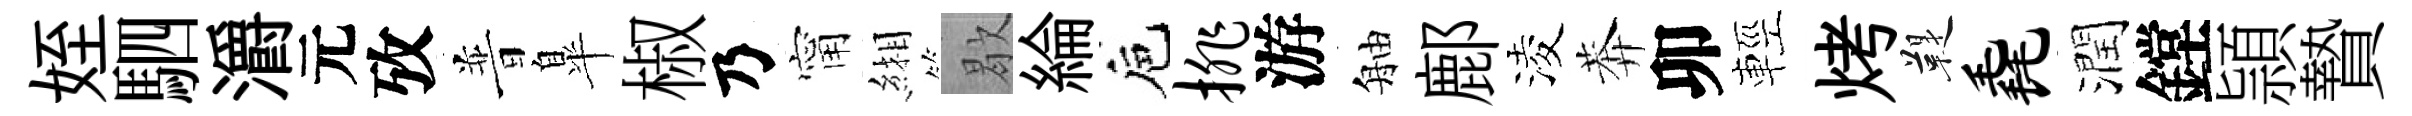
姪駟灂元攷普臯椒乃甯緗歇綸巵排游舳鄜淩莾卯輕烤鞮毳潤鏜頴贄